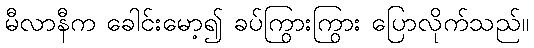
မီလာနီက ခေါင်းမော့၍ ခပ်ကြွားကြွား ပြောလိုက်သည်။